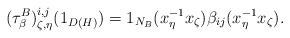
LaTeX: \begin{align*}(\tau^{B}_{\beta})^{i,j}_{\zeta,\eta}(1_{D(H)})=1_{N_{B}}(x_{\eta}^{-1}x_{\zeta})\beta_{ij}(x_{\eta}^{-1}x_{\zeta}).\end{align*}